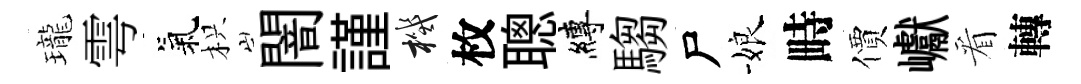
瓏雩氣枳闇謹機枚聰縛騶尸娘畤價巘看轉